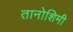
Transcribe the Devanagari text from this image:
तानोशिमी